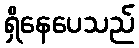
ရှိနေပေသည်